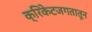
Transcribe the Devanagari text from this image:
क्रिकेटजगतातून